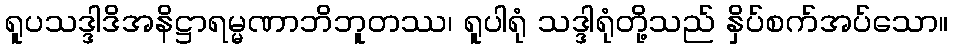
ရူပသဒ္ဒါဒိအနိဋ္ဌာရမ္မဏာဘိဘူတဿ၊ ရူပါရုံ သဒ္ဒါရုံတို့သည် နှိပ်စက်အပ်သော။